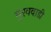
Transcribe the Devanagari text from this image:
गुरववाडी